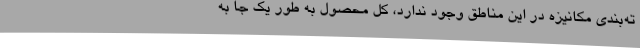
ته‌بندی مکانیزه در این مناطق وجود ندارد، کل محصول به طور یک جا به